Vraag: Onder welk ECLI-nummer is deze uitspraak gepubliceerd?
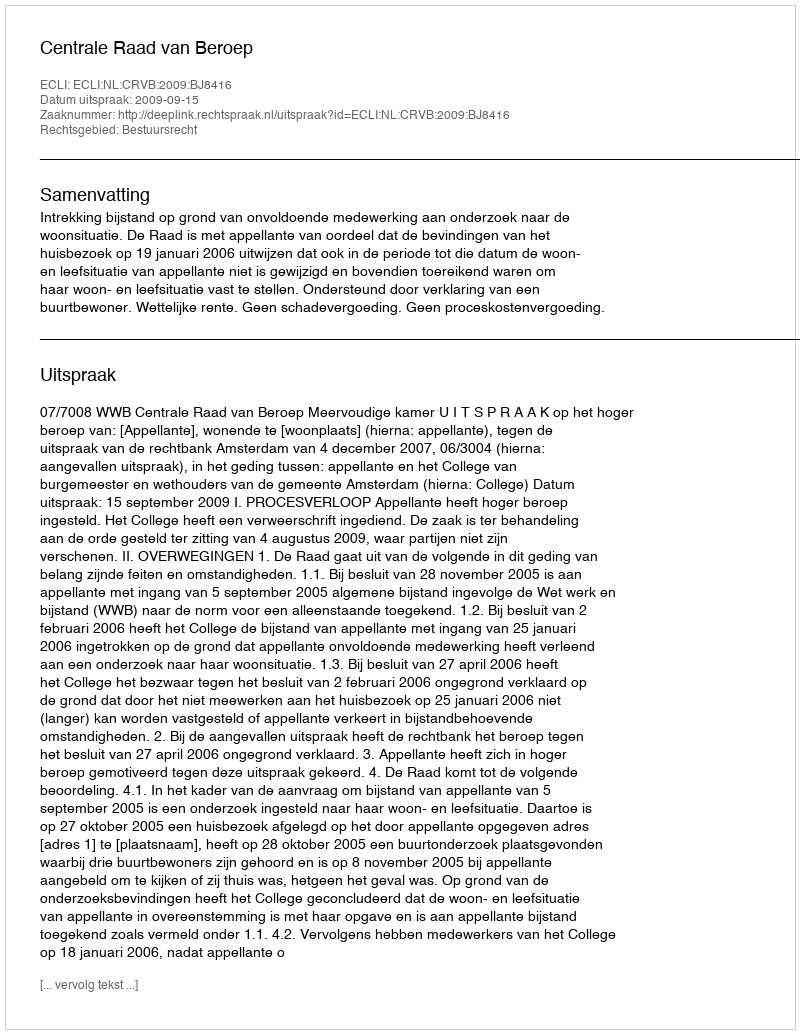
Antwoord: ECLI:NL:CRVB:2009:BJ8416